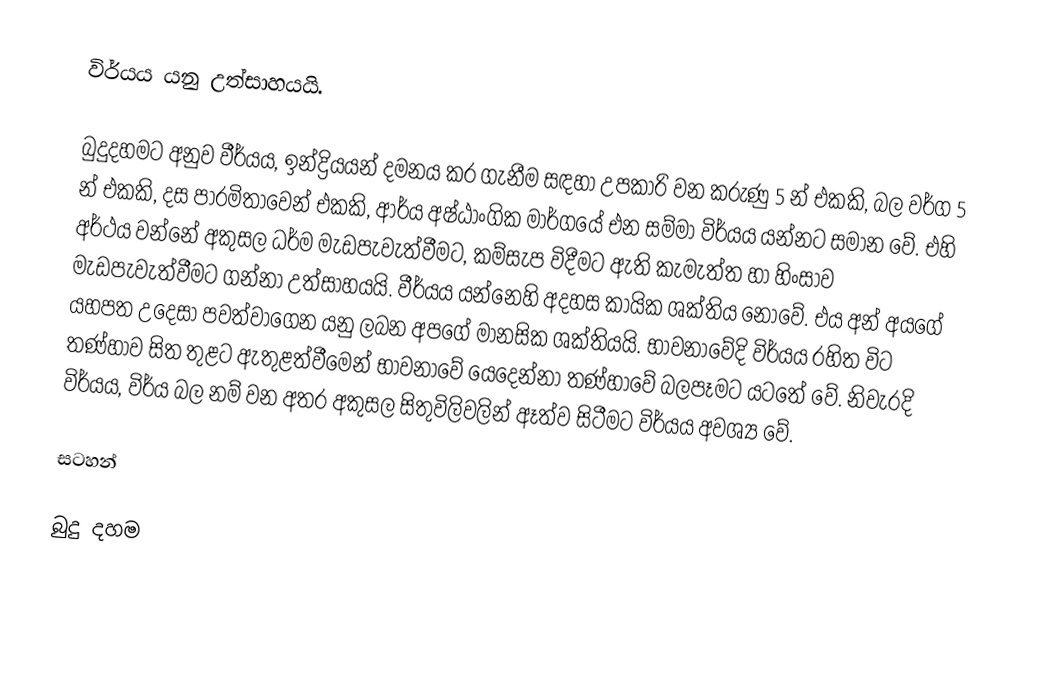
විර්යය යනු උත්සාහයයි.

බුදුදහමට අනුව වීර්යය, ඉන්ද්‍රියයන් දමනය කර ගැනීම සඳහා උපකාරි වන කරුණු 5 න් එකකි, බල වර්ග 5 න් එකකි, දස පාරමිතාවෙන් එකකි, ආර්ය අෂ්ඨාංගික මාර්ගයේ එන සම්මා විර්යය යන්නට සමාන වේ. එහි අර්ථය වන්නේ අකුසල ධර්ම මැඩපැවැත්වීමට, කම්සැප විදීමට ඇති කැමැත්ත හා හිංසාව මැඩපැවැත්වීමට ගන්නා උත්සාහයයි. වීර්යය යන්නෙහි අදහස කායික ශක්තිය නොවේ. එය අන් අයගේ යහපත උදෙසා පවත්වාගෙන යනු ලබන අපගේ මානසික ශක්තියයි. භාවනාවේදි විර්යය රහිත විට තණ්හාව සිත තුළට ඇතුළත්වීමෙන් භාවනාවේ යෙදෙන්නා තණ්හාවේ බලපෑමට යටතේ වේ. නිවැරදි විර්යය, විර්ය බල නම් වන අතර අකුසල සිතුවිලිවලින් ඈත්ව සිටීමට විර්යය අවශ්‍ය වේ.

සටහන්

බුදු දහම